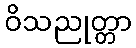
ဝိသညုတ္တာ